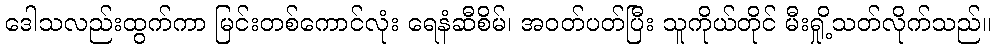
ဒေါသလည်းထွက်ကာ မြင်းတစ်ကောင်လုံး ရေနံဆီစိမ်၊ အဝတ်ပတ်ပြီး သူကိုယ်တိုင် မီးရှို့သတ်လိုက်သည်။